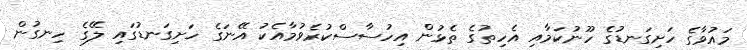
މައުވާގެ ހަށިގަނޑުގެ ހޫނުކަމާއި އެހިތުގެ ތެޅުން އިހުސާސްކުރެވުމާއެކު އޭނަގެ ހަށިގަނޑުގައި ލޭގެ ހިނގުން